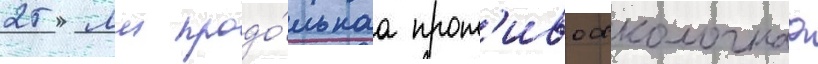
25 мм продо́льнаа прот'ивоосколочнаа